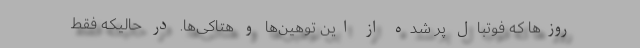
روزها که فوتبال پر شده از این توهین‌‌ها و هتاکی‌ها. در حالیکه فقط